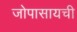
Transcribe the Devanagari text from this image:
जोपासायची